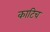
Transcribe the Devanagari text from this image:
काटिच